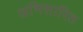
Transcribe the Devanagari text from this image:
अभिसारित